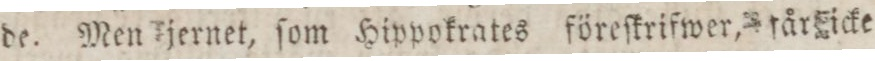
de. Men jernet, ſom Hippokrates föreſkrifwer, får icke